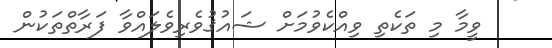
ވީމާ މި ތަކެތި ވިއްކެވުމަށް ޝައުޤުވެރިވެލައްވާ ފަރާތްތަކުން